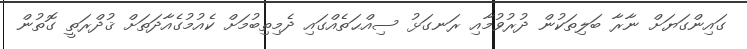
ގައިންގަޔަށް ނާރާ ބަލިތަކުން ދުރުވުމާއި ރަނގަޅު ސިއްޙަތެއްގައި ދެމިތިބުމަށް ކެއުމުގެއާދަތަށް ޤުދްރަތީ ގޮތުން